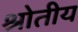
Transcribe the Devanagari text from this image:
श्रोतीय